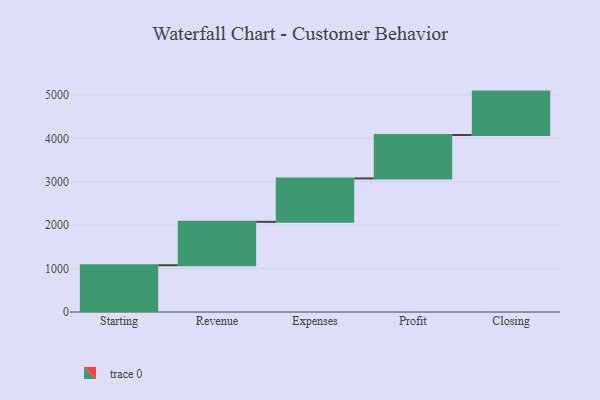
{"axis": {"x": "Step", "y": "Value"}, "legend": [""], "data": [{"x": "Starting", "y": 1077.0, "type": ""}, {"x": "Revenue", "y": 1000, "type": ""}, {"x": "Expenses", "y": 1000, "type": ""}, {"x": "Profit", "y": 1000, "type": ""}, {"x": "Closing", "y": 1000, "type": ""}]}